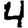
Digit: 4